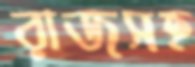
রাজসহ